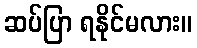
ဆပ်ပြာ ရနိုင်မလား။